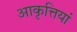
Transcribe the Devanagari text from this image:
आकृत्तियां